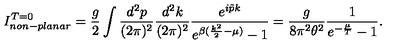
I _ { n o n - p l a n a r } ^ { T = 0 } = \frac { g } { 2 } \int \frac { d ^ { 2 } p } { ( 2 \pi ) ^ { 2 } } \frac { d ^ { 2 } k } { ( 2 \pi ) ^ { 2 } } \frac { e ^ { i \tilde { p } k } } { e ^ { \beta ( \frac { k ^ { 2 } } { 2 } - \mu ) } - 1 } = \frac { g } { 8 \pi ^ { 2 } \theta ^ { 2 } } \frac { 1 } { e ^ { - \frac { \mu } { T } } - 1 } .